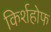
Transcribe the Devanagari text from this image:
किर्शहोफ